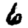
Digit: 6